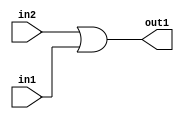
`timescale 1ps / 1ps
/*****************************************************************************
    Verilog RTL Description
    
    
    Created by: Stratus DpOpt 2019.1.01 
*******************************************************************************/

module fix2float_Or_1Ux1U_1U_0 (
	in2,
	in1,
	out1
	); /* architecture "behavioural" */ 
input  in2,
	in1;
output  out1;
wire  asc001;

assign asc001 = 
	(in2)
	|(in1);

assign out1 = asc001;
endmodule

/* CADENCE  urb4Qgk= : u9/ySgnWtBlWxVPRXgAZ4Og= ** DO NOT EDIT THIS LINE ******/